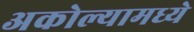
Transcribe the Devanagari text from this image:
अकोल्यामध्ये